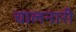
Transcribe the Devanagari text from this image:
चालनारी